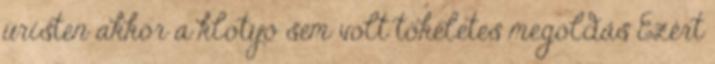
úristen akkor a klotyó sem volt tökéletes megoldás Ezért